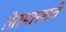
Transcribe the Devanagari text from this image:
तेतपासावे